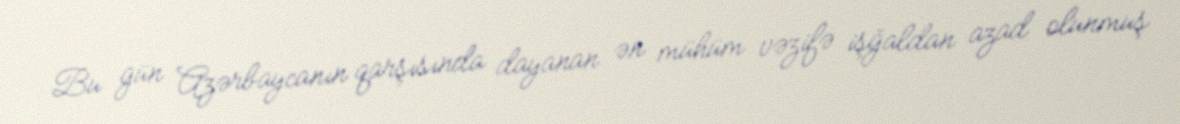
Bu gün Azərbaycanın qarşısında dayanan ən mühüm vəzifə işğaldan azad olunmuş